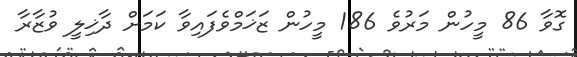
ގޮވާ 86 މީހުން މަރުވެ 186 މީހުން ޒަޚަމްވެފައިވާ ކަމަށް ދާޚިލީ ވުޒާރާ